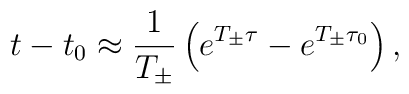
t-t_0 \approx \frac{1}{T_{\pm}} \left( e^{T_{\pm} \tau} - e^{T_{\pm}              \tau_0} \right),